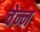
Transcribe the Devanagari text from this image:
चेन्न